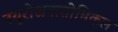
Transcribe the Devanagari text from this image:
नयूरोअनातोमिकल